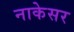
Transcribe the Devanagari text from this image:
नाकेसर